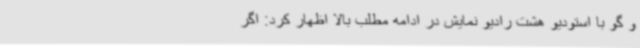
و گو با استودیو هشت رادیو نمایش در ادامه مطلب بالا اظهار کرد: اگر